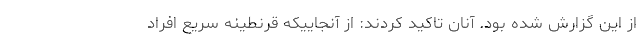
از این گزارش شده بود. آنان تاکید کردند: از آنجاییکه قرنطینه سریع افراد